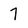
Character: 7